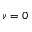
\nu = 0